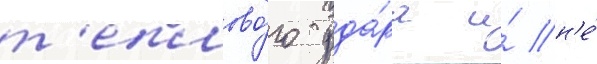
т'еплово́го уда́ра и́ н'е́